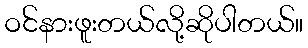
ဝင်နားဖူးတယ်လို့ဆိုပါတယ်။